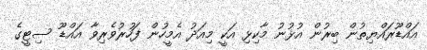
އައްޑޫރައްޔިތުން ބިރުން އުޅުނު މާކިޅި އަކީ މިއަދު އެމީހުން ފަހުރުވެރިވާ އައްޑޫ ސިޓީގެ